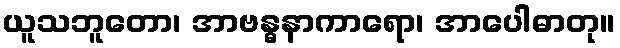
ယူသဘူတော၊ အာဗန္ဓနာကာရော၊ အာပေါဓာတု။